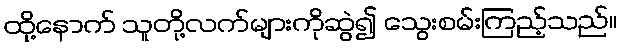
ထို့နောက် သူတို့လက်များကိုဆွဲ၍ သွေးစမ်းကြည့်သည်။